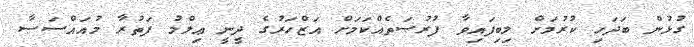
ގުޅުން ބަދަހި ކުރުމަށް ލިބިފައިވާ ފުރުޞަތެއްކަމަށް އަޒްހަރުގެ ދީނީ ޢިލްމު ފަތުރާ މުއައްސަސާ